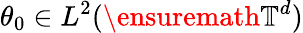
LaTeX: \theta_{0}\in L^{2}(\ensuremath{\mathbb{T}}^{d})